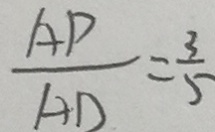
\frac { A P } { A D } = \frac { 3 } { 5 }